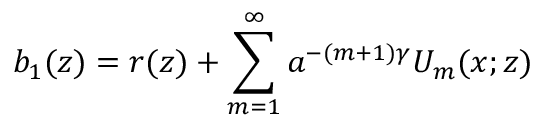
b _ { 1 } ( z ) = r ( z ) + \sum _ { m = 1 } ^ { \infty } a ^ { - ( m + 1 ) \gamma } U _ { m } ( x ; z )